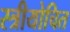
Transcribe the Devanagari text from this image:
स्त्रीयोचित